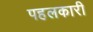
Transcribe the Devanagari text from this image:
पहलकारी